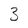
Character: 3